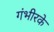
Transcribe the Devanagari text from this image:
गंभीरके